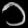
Digit: ၁